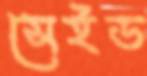
সেইড